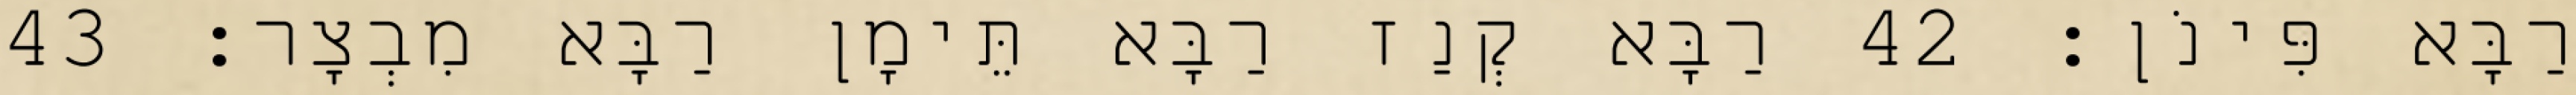
רַבָּא פִּינֹן׃ 42 רַבָּא קְנַז רַבָּא תֵּימָן רַבָּא מִבְצָר׃ 43